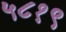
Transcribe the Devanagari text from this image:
५८१९